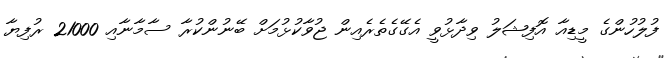
ފުލުހުންގެ މީޑިއާ އޮފިޝަލު ވިދާޅުވީ އެގޭގެތެރެއިން ޖުވާކުޅުމަށް ބޭނުންކުރާ ސާމާނާއި 21000 ރުފިޔާ